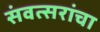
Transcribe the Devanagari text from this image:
संवत्सरांचा